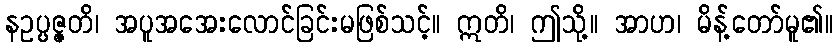
နဥပ္ပဇ္ဇတိ၊ အပူအအေးလောင်ခြင်းမဖြစ်သင့်။ ဣတိ၊ ဤသို့။ အာဟ၊ မိန့်တော်မူ၏။